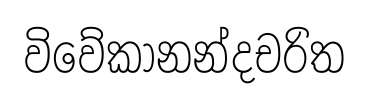
විවේකානන්දචරිත